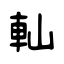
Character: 軕